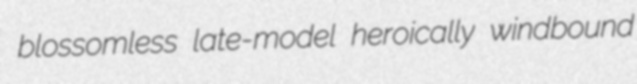
blossomless late-model heroically windbound